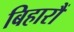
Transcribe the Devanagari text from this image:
बिहारौं